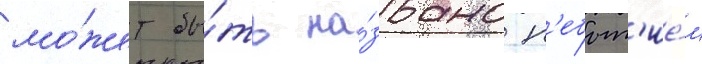
мо́жет бы́ть на́звано н'ебыт'ие́м